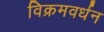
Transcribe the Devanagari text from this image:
विक्रमवर्धन